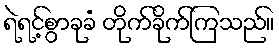
ရဲရင့်စွာခုခံ တိုက်ခိုက်ကြသည်။